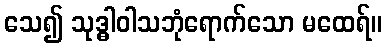
သေ၍ သုဒ္ဓါဝါသဘုံရောက်သော မထေရ်။